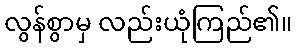
လွန်စွာမှ လည်းယုံကြည်၏။